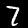
Digit: 7